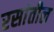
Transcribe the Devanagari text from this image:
रसांतील